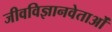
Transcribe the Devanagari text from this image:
जीवविज्ञानवेताओं